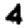
Digit: 4